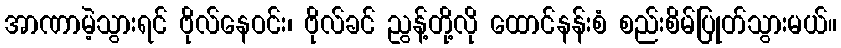
အာဏာမဲ့သွားရင် ဗိုလ်နေဝင်း၊ ဗိုလ်ခင် ညွန့်တို့လို ထောင်နန်းစံ စည်းစိမ်ပြုတ်သွားမယ်။